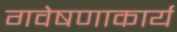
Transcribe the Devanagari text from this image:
गवेषणाकार्य